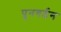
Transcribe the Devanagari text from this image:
पुनगर्ठन